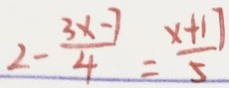
2 - \frac { 3 x - 7 } { 4 } = \frac { x + 1 7 } { 5 }